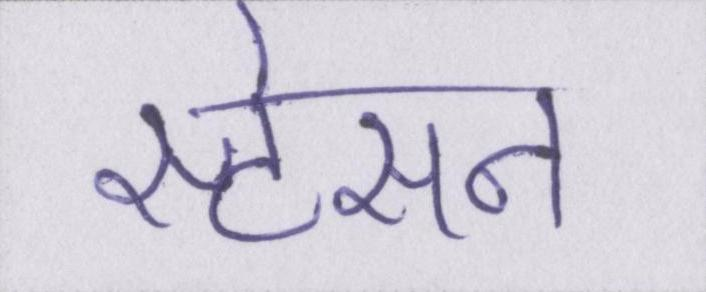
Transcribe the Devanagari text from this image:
स्टेसन